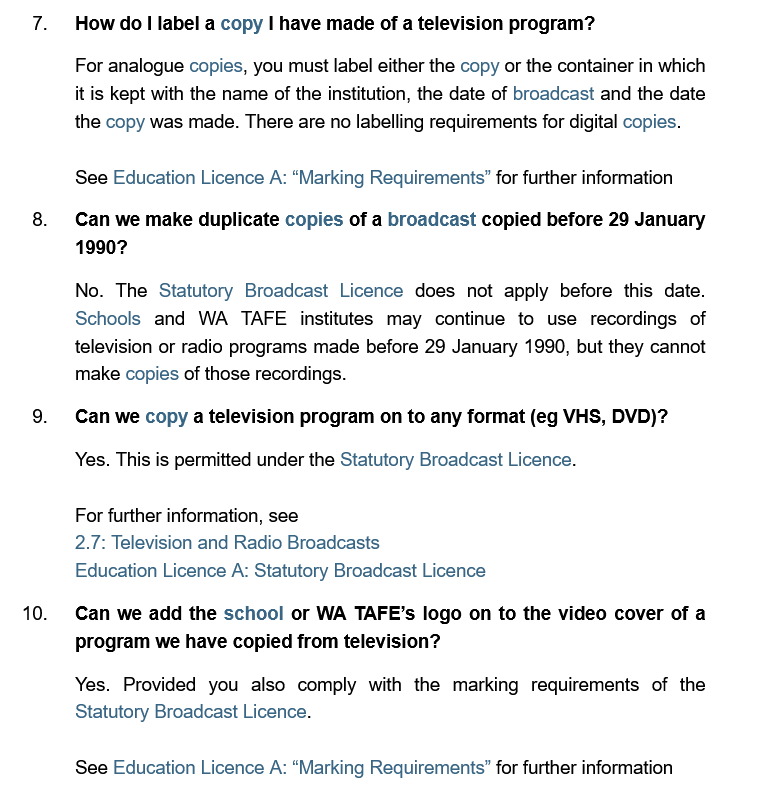
How do | label a copy | have made of a televi:
     For analogue copies, you must label either the copy or the container in which
     it is kept with the name of the institution, the date of broadcast and the date
     the copy was made. There are no labelling requirements for digital copies.
     See Education Licence A: “Marking Requirements” for further information
     Can we make duplicate copies of a broadcast copied before 29 January
     1990?
     No. The  Statutory Broadcast Licence does not apply before this date.
     Schools and  WA  TAFE institutes may continue to use recordings of
     television or radio programs made before 29 January 1990, but they cannot
     make copies of those recordings.
     Can we copy a television program on to any format (eg VHS, DVD)?
     Yes. This is permitted under the Statutory Broadcast Licence.
     For further information, see
     2.7: Television and Radio Broadcasts
     Education Licence A: Statutory Broadcast Licence
     Can we  add the school or WA TAFE’s logo on to the video cover of a
     program we have copied from television?
     Yes. Provided you also comply with the marking requirements of the
     Statutory Broadcast Licence.
     See Education Licence A: “Marking Requirements” for further information